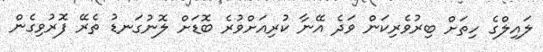
ލައިލްގެ ހިތަށް ބިރުވެރިކަން ވަދެ އޭނާ ކުރިއަށްވުރެ ބޮޑަށް ލޮނުގަނޑު ތެރޭ ފޮރުވިގެން